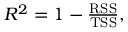
\begin{array} { r } { R ^ { 2 } = 1 - \frac { \mathrm { R S S } } { \mathrm { T S S } } , } \end{array}